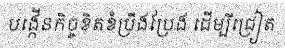
បង្កើនកិច្ចខិតខំប្រឹងប្រែង ដើម្បីជ្រៀត